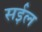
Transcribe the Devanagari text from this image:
सईल